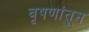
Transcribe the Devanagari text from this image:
वृषणांतून